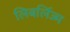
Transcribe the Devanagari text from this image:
लिबर्लिज्म